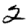
Digit: 2